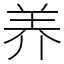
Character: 养